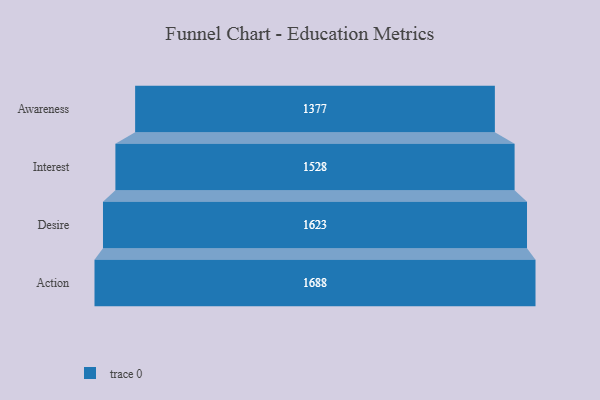
{"axis": {"x": "Stage", "y": "Value"}, "legend": [""], "data": [{"x": "Awareness", "y": 1377.0, "type": ""}, {"x": "Interest", "y": 1528.0, "type": ""}, {"x": "Desire", "y": 1623.0, "type": ""}, {"x": "Action", "y": 1688.0, "type": ""}]}